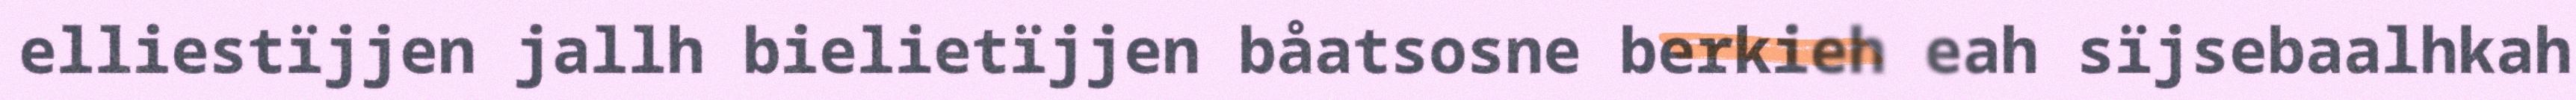
elliestïjjen jallh bielietïjjen båatsosne berkieh eah sïjsebaalhkah